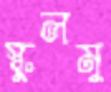
স্কুলমু